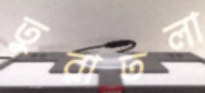
তুরাতলা